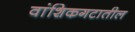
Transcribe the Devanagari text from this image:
वांशिकगटातील